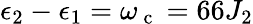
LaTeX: \epsilon_{2}-\epsilon_{1}=\omega_{\mathrm{~c~}}=66J_{2}